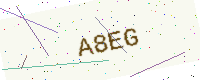
Text: A8EG